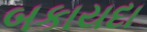
બકાયદા